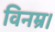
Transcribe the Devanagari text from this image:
विनम्र।